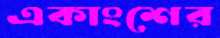
একাংশের